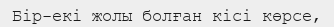
Бір-екі жолы болған кісі көрсе,